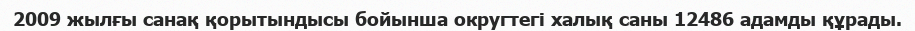
2009 жылғы санақ қорытындысы бойынша округтегі халық саны 12486 адамды құрады.